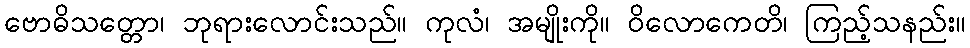
ဗောဓိသတ္တော၊ ဘုရားလောင်းသည်။ ကုလံ၊ အမျိုးကို။ ဝိလောကေတိ၊ ကြည့်သနည်း။